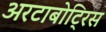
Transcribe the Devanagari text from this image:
अरटाबोट्रिस